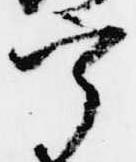
宰